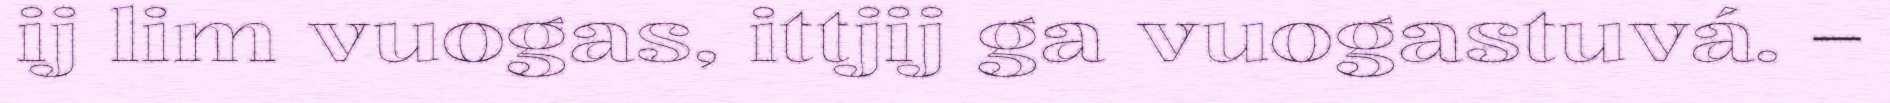
ij lim vuogas, ittjij ga vuogastuvá. –